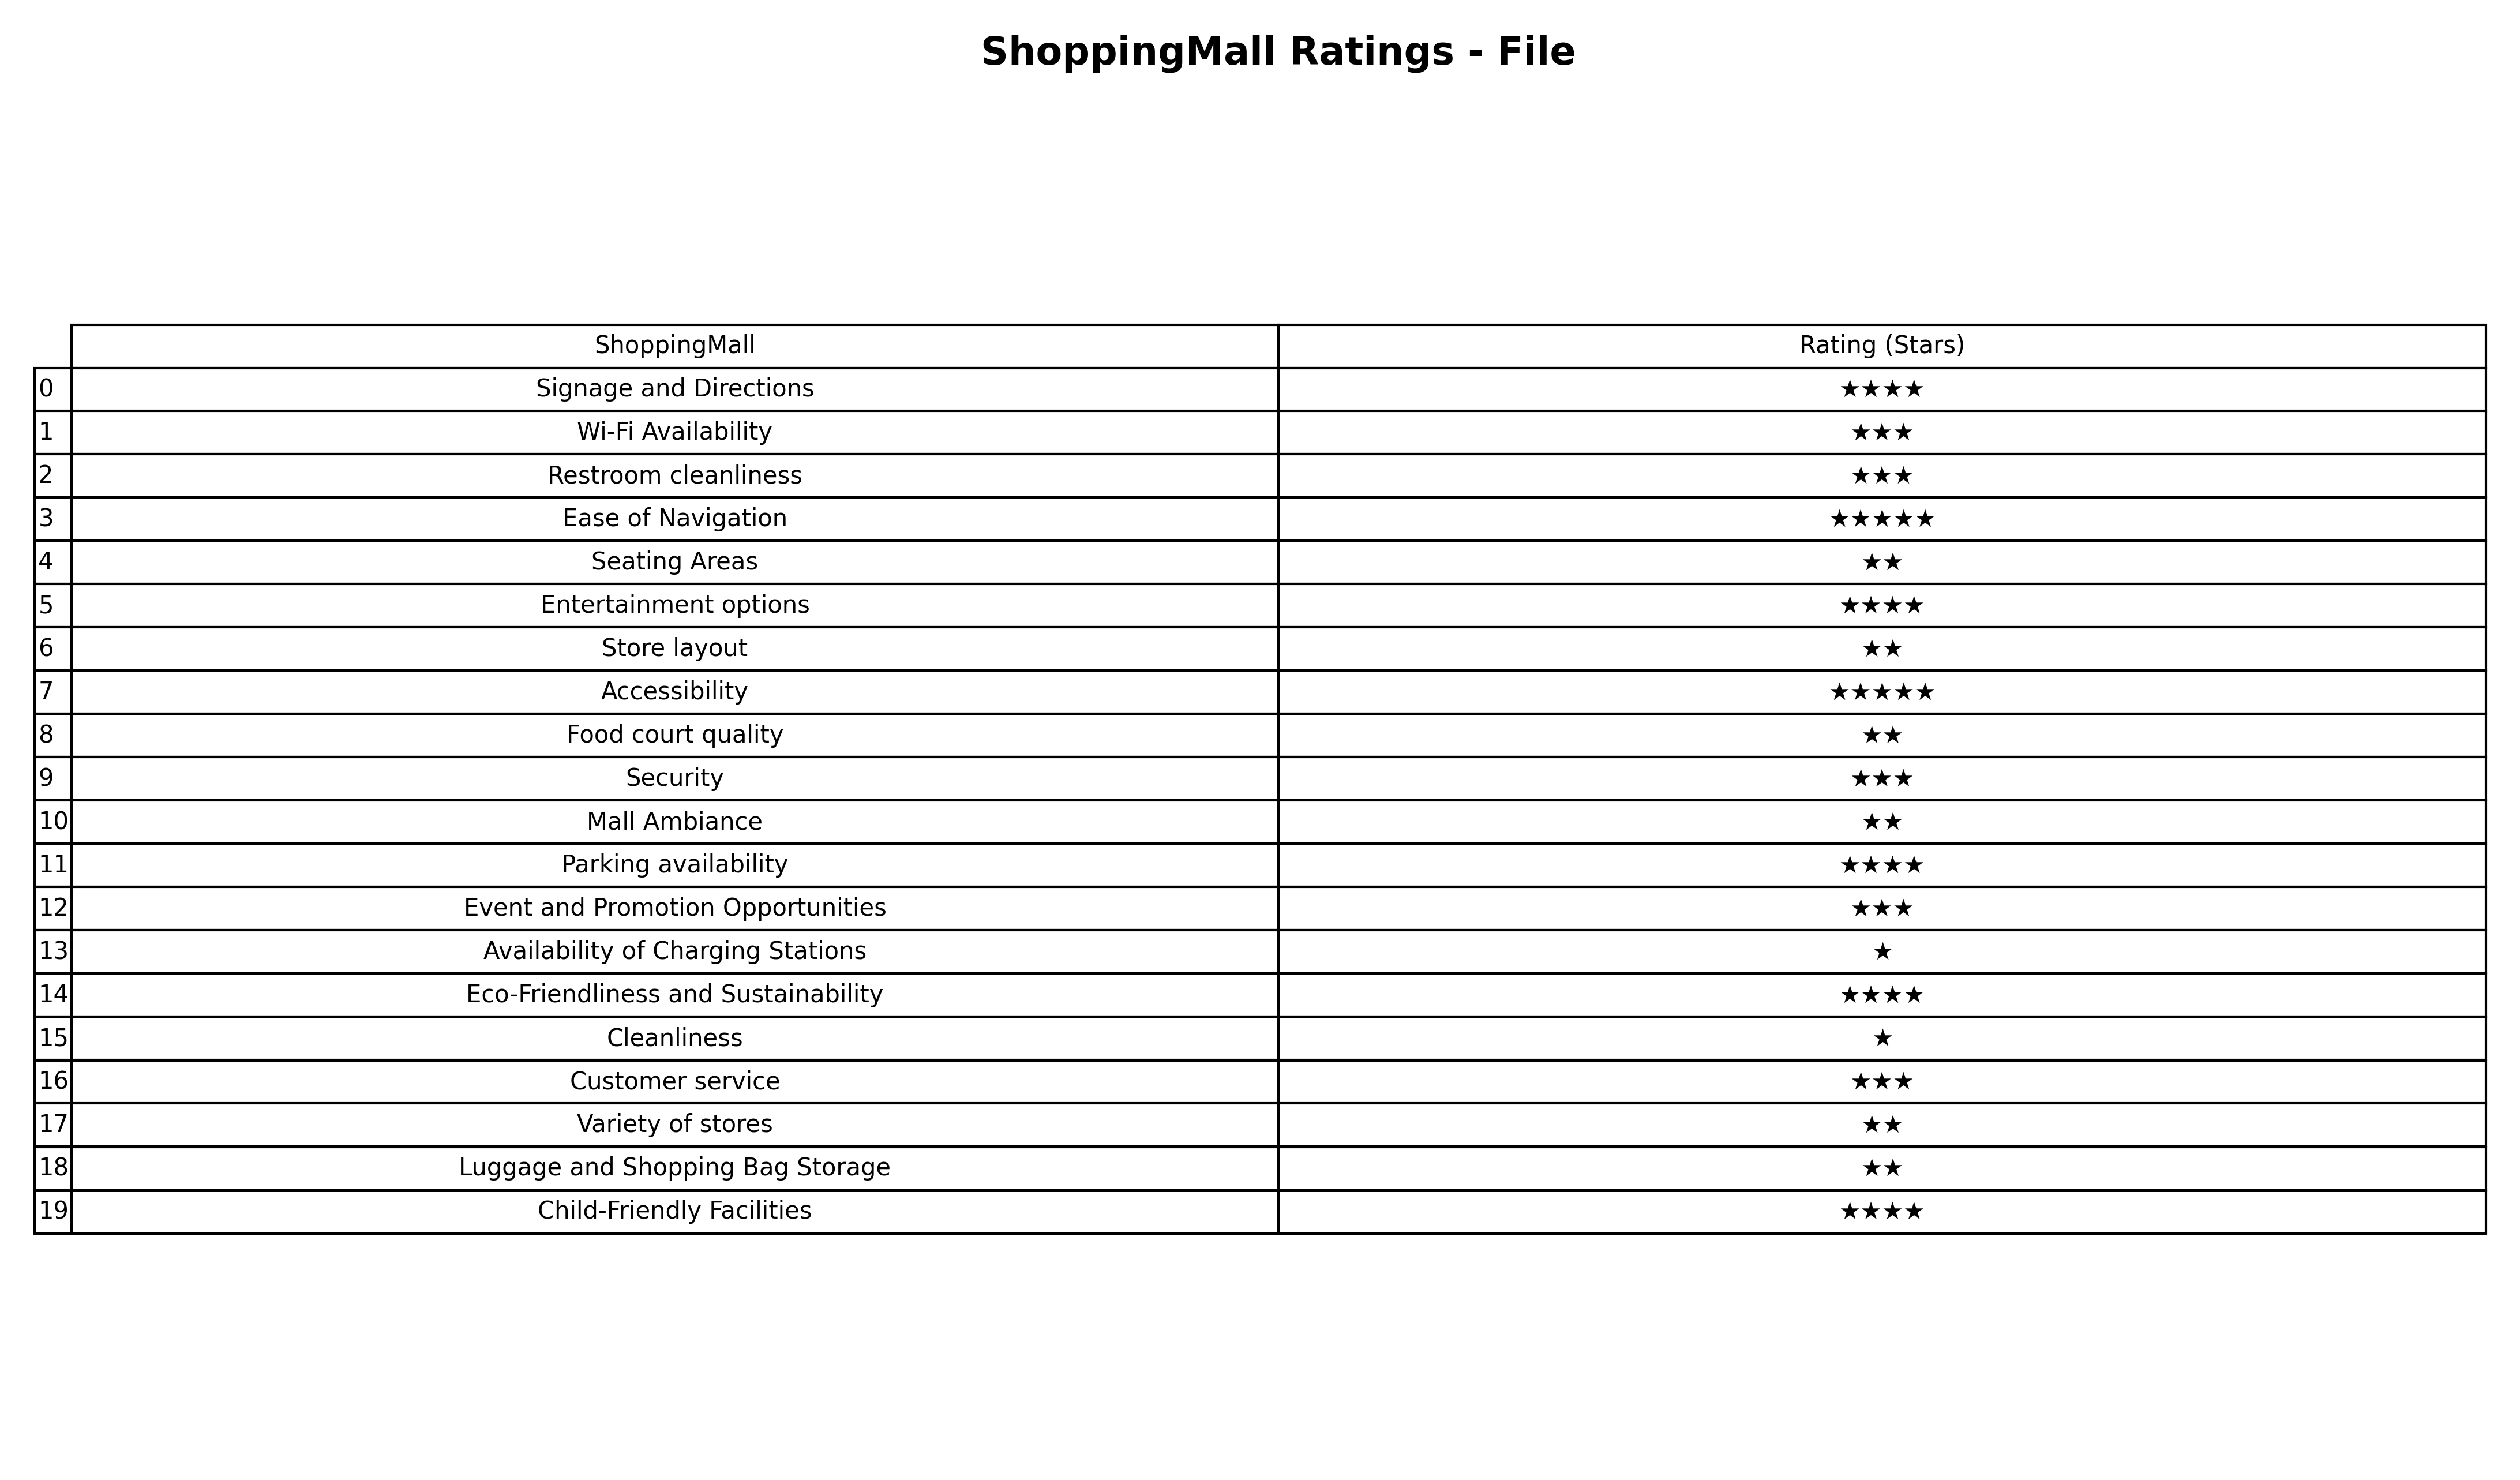
question: What is the rating of Availability of Charging Stations?
answer: ★